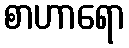
စာဟာရော